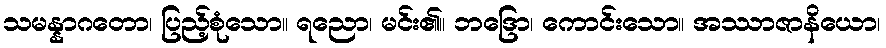
သမန္နာဂတော၊ ပြည့်စုံသော။ ရညော၊ မင်း၏။ ဘဒြော၊ ကောင်းသော။ အဿာဇာနိယော၊